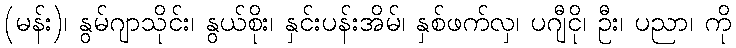
(မန်း)၊ နွမ်ဂျာသိုင်း၊ နွယ်စိုး၊ နှင်းပန်းအိမ်၊ နှစ်ဖက်လှ၊ ပဂျီငို၊ ဦး၊ ပညာ၊ ကို